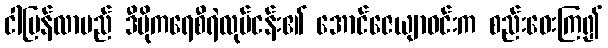
ငါပြန်လာမည် ဒီမိုကရေစီရဲလုပ်ငန်း၏ အောင်ဇေယျာဝင်းက စည်းဝေးကြ၍